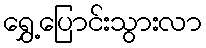
ရွှေ့ပြောင်းသွားလာ